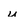
Character: u